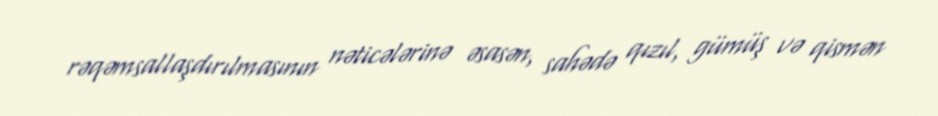
rəqəmsallaşdırılmasının nəticələrinə əsasən, sahədə qızıl, gümüş və qismən